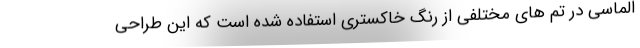
الماسی در تم های مختلفی از رنگ خاکستری استفاده شده است که این طراحی